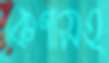
কণাসহ